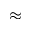
\approx